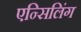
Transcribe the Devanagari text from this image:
एन्सिलिंग